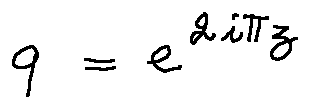
q = e ^ { 2 i \pi z }